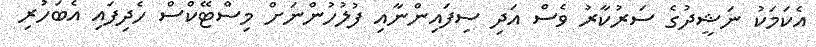
އެކަމަކު ނަޝީދުގެ ސަރުކާރު ވެސް އަދި ސިފައިންނާއި ފުލުހުންނަށް މިސްޓޭކްސް ހެދިފައި އެބަހުރި